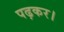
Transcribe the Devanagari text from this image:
पढ़कर।